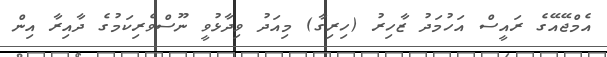
އެމްޖޭއޭގެ ރައީސް އަހުމަދު ޒާހިރު (ހިރިގާ) މިއަދު ވިދާޅުވީ ނޫސްވެރިކަމުގެ ދާއިރާ އިން